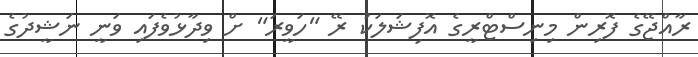
ރާއްޖޭގެ ފޮރިން މިނިސްޓްރީގެ އޮފިޝަލަކު ރޭ "ހަވީރަ" ށް ވިދާޅުވެފައި ވަނީ ނަޝީދުގެ